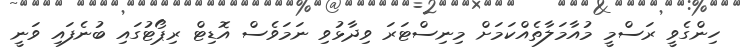
ހިންގެވީ ރަސްމީ މުއާމަލާތެއްކަމަށް މިނިސްޓަރަ ވިދާޅުވި ނަމަވެސް އޮޑިޓް ރިޕޯޓުގައި ބުނެފައި ވަނީ